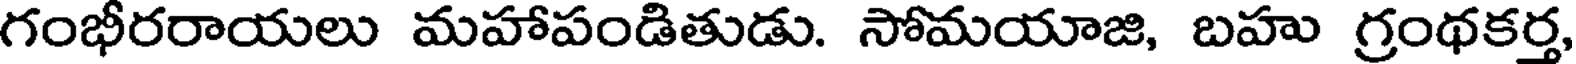
గంభీరరాయలు మహాపండితుడు. సోమయాజి, బహు గ్రంథకర్త